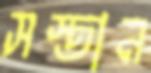
সস্তান